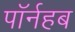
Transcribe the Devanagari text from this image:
पॉर्नहब